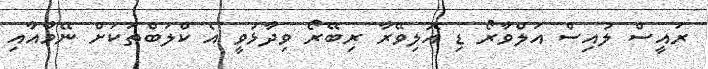
ރައީސް ލުއިސް އަލްވާރޯ ޑި އޮލިވޭރާ ރިބޭރޯ ވިދާޅުވީ އެ ކްލަބްތަކަށް ނޭމާއާއި